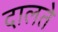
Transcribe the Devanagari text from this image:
दालते